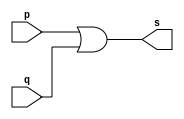
// -------------------------
// Exemplo0004 - OR 
// Nome: Silvino Henrique Santos de Souza
// ------------------------- 
// ------------------------- 
// -- or gate 
// -------------------------
module orgate ( output s, 
input p, q); 
assign s = p | q; 
endmodule // orgate 
// --------------------- 
// -- test or gate 
// --------------------- 
module testorgate; 
// ------------------------- dados locais 
reg a, b; // definir registradores 
wire s; // definir conexao (fio) 
// ------------------------- instancia 
orgate OR1 (s, a, b); 
// ------------------------- preparacao 
initial begin:start 
a=0; b=0; 
end 
// ------------------------- parte principal 
initial begin 
$display("Exemplo0004 - Silvino Henrique Santos de Souza - 412773");
$display("Test OR gate"); 
$display("\na & b = s\n"); 
a=0; b=0; 
#1 $display("%b  |  %b = %b", a, b, s); 
a=0; b=1; 
#1 $display("%b |  %b = %b", a, b, s); 
a=1; b=0; 
#1 $display("%b |  %b = %b", a, b, s); 
a=1; b=1; 
#1 $display("%b |  %b = %b", a, b, s); 
end 
endmodule // testorgate